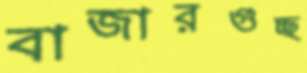
বাজারগুচ্ছ